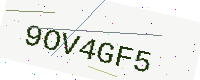
Text: 9OV4GF5